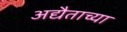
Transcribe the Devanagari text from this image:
अद्यैताच्या